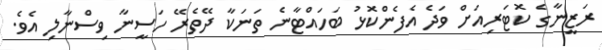
ރަޒީނާގެ ކޮޓަރިއަށް ވަދެ އެފެންކޮޅު ބަހައްޓާނެ ތަނަކާ ދޭތެރޭ ހަސީނާ ވިސްނާލި އެވެ.